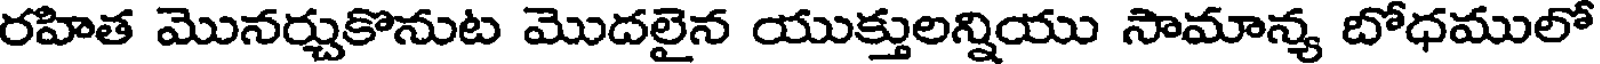
రహిత మొనర్చుకొనుట మొదలైన యుక్తులన్నియు సామాన్య బోధములో